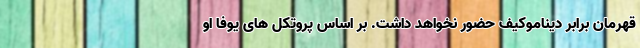
قهرمان برابر دیناموکیف حضور نخواهد داشت. بر اساس پروتکل های یوفا او